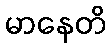
မာနေတိ